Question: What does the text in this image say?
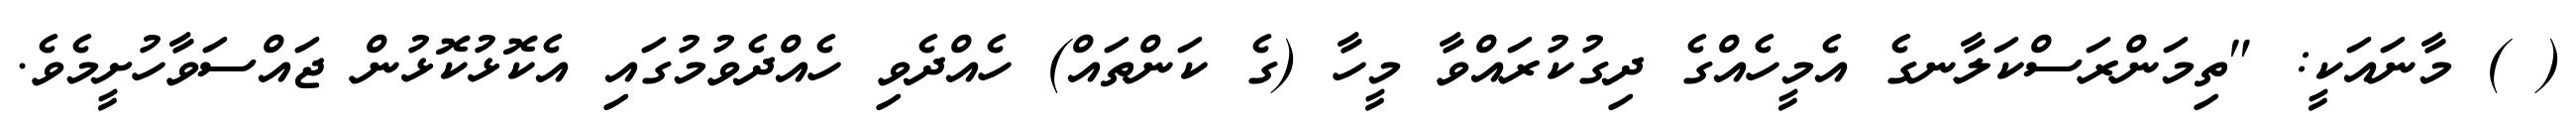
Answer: ( ) މާނައަކީ: "ތިމަންރަސްކަލާނގެ އެމީހެއްގެ ދިގުކުރައްވާ މީހާ (ގެ ކަންތައް) ހެއްދެވި ހެއްދެވުމުގައި އެކޮޅުކޮޅުން ޖައްސަވާހުށީމެވެ.